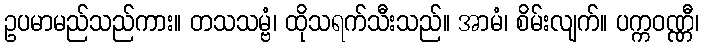
ဥပမာမည်သည်ကား။ တသသမ္ဗံ၊ ထိုသရက်သီးသည်။ အာမံ၊ စိမ်းလျက်။ ပက္ကဝဏ္ဏီ၊